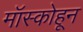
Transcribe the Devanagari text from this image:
मॉस्कोहून